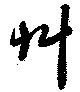
艸